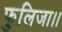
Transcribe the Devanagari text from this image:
फुलिजा।।